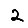
Digit: 2